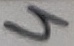
Text: 4